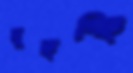
মুছচ্ছি